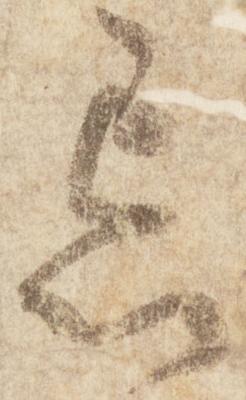
忘